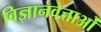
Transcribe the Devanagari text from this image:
विज्ञानवेत्ताओं